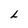
Character: L